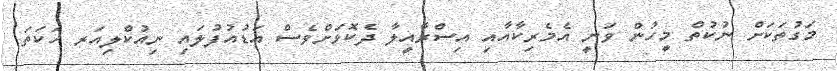
މަގުތަކަށް ނުކުތް މީހުން ވަނީ އެމެރިކާއާއި އިސްރާއީލާ ދެކޮޅަށްވެސް އަޑުއުފުލައި ނިއުކްލިއަރ ހަކަތަ